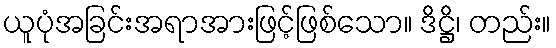
ယူပုံအခြင်းအရာအားဖြင့်ဖြစ်သော။ ဒိဋ္ဌိ၊ တည်း။